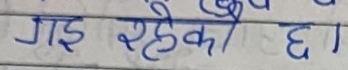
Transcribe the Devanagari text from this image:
गइ रहेको छ।